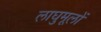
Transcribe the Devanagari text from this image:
लाघुमूलों